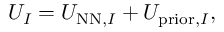
\begin{array} { r } { U _ { I } = U _ { \mathrm { N N } , I } + U _ { \mathrm { p r i o r } , I } , } \end{array}